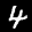
Label: 4